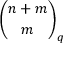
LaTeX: { \binom { n + m } { m } } _ { q }